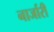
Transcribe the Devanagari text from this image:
नार्जारी